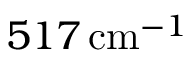
5 1 7 \, \mathrm { c m } ^ { - 1 }